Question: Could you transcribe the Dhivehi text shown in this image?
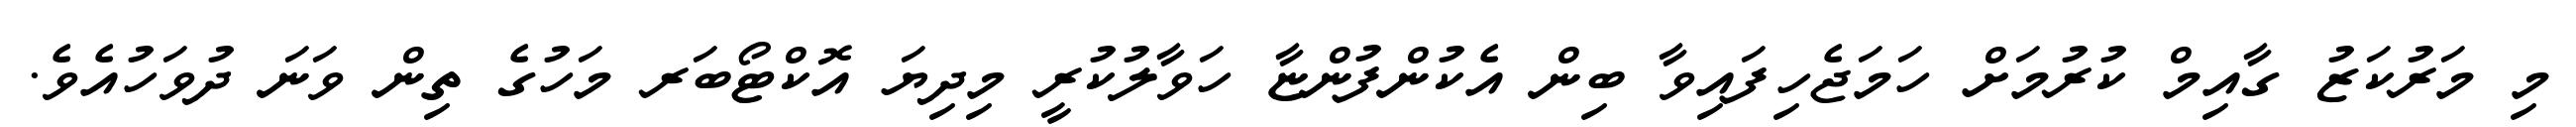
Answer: މި މަރުކަޒު ގާއިމް ކުރުމަށް ހަމަޖެހިފައިވާ ބިން އެކުންފުންޏާ ހަވާލުކުރީ މިދިޔަ އޮކްޓޯބަރ މަހުގެ ތިން ވަނަ ދުވަހުއެވެ.